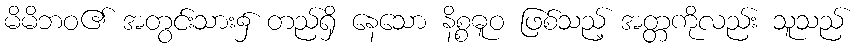
မိမိဘဝ၏ အတွင်းသား၌ တည်ရှိ နေသော နိစ္စဓူဝ ဖြစ်သည့် အတ္တကိုလည်း သူသည်